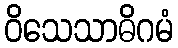
ဝိသေသာဓိဂမံ